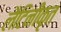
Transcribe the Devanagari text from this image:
लैटिनीकृत